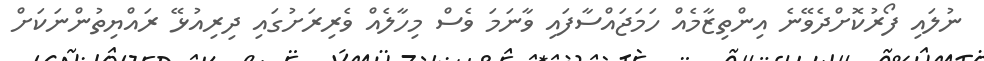
ނުލައި ފޯރުކޮށްދެވޭނެ އިންތިޒާމެއް ހަމަޖައްސާފައި ވާނަމަ ވެސް މިހާލެއް ވެރިރަށުގައި ދިރިއުޅޭ ރައްޔިތުންނަކަށް